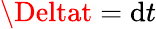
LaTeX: \Deltat=\mathrm{d}t